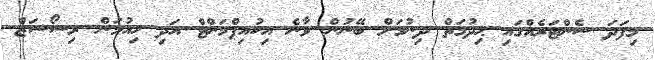
މިފަދަ ސެންޓަރެއްގައި ޙިދުމަތް ދިނުމަށް ބޭނުން ވާނެ އިކުއިޕްމަންޓް އަދި ހިއުމަން ރިސޯސަޒް